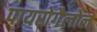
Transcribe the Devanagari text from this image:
पायरोगैलोल